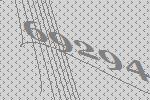
69294